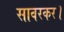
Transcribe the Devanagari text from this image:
सावरकर।